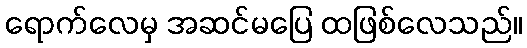
ရောက်လေမှ အဆင်မပြေ ထဖြစ်လေသည်။